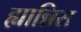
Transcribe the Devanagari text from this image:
ह्यान्निस